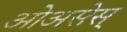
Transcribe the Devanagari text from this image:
ओअसेस्